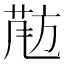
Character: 𱡵